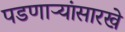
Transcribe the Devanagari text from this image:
पडणाऱ्यांसारखे